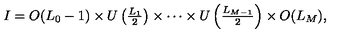
I = O ( L _ { 0 } - 1 ) \times U \left( { \textstyle \frac { L _ { 1 } } { 2 } } \right) \times \cdots \times U \left( { \textstyle \frac { L _ { M - 1 } } { 2 } } \right) \times O ( L _ { M } ) ,